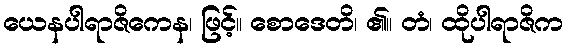
ယေနပါရာဇိကေန၊ ဖြင့်။ စောဒေတိ၊ ၏။ တံ၊ ထိုပါရာဇိက